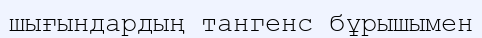
шығындардың тангенс бұрышымен